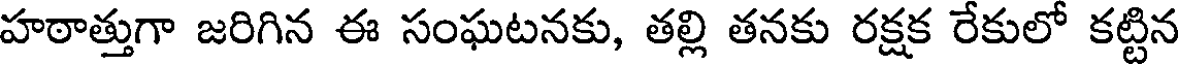
హఠాత్తుగా జరిగిన ఈ సంఘటనకు, తల్లి తనకు రక్షక రేకులో కట్టిన